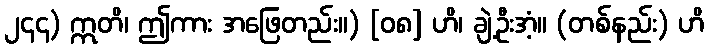
၂၄၄) ဣတိ၊ ဤကား အဖြေတည်း။) [၀၈] ဟိ၊ ချဲ့ဦးအံ့။ (တစ်နည်း) ဟိ